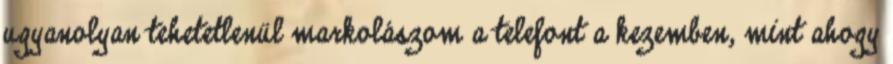
ugyanolyan tehetetlenül markolászom a telefont a kezemben, mint ahogy